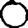
Digit: 0